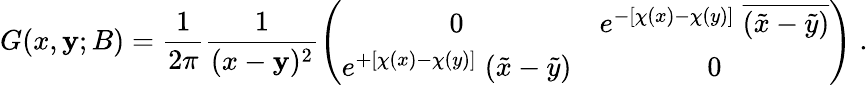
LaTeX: G(x,\mathbf{y};B)=\frac{{1}}{{2\pi}}\frac{{1}}{{(x-\mathbf{y})^{2}}}\left(\begin{array}{cc}{{0}}&{{e^{-[\chi(x)-\chi(y)]}\; \overline{{{(\tilde{x}-\tilde{y})}}}}}\\ {{e^{+[\chi(x)-\chi(y)]}\; (\tilde{x}-\tilde{y})}}&{{0}}\end{array}\right)\; .